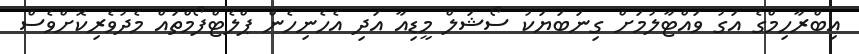
އިބްރާހިމްގެ އަގު ވައްޓާލުމަށް ގިނަބަޔަކު ސޯޝަލް މީޑިއާ އަދި އެހެނިހެން ޕްލެޓްފޯމްތައް މެދުވެރިކޮށްވެސް